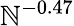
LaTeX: \mathbb{N}^{-0.47}